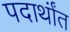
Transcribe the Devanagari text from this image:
पदार्थांंत